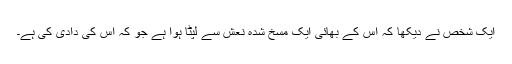
ایک شخص نے دیکھا کہ اس کے بھائی ایک مسخ شدہ نعش سے لپٹا ہوا ہے جو کہ اس کی دادی کی ہے۔